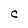
Character: C